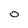
Character: O